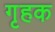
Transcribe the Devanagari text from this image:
गृहक